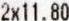
2X11.80